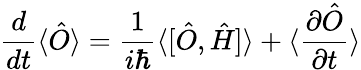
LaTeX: \frac{d}{dt}\langle\hat{O}\rangle=\frac{1}{i\hbar}\langle[\hat{O},\hat{H}]\rangle+\langle\frac{\partial\hat{O}}{\partial t}\rangle